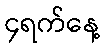
၄ရက်နေ့